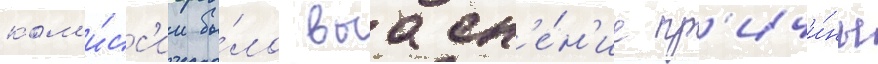
ком'и́сс'ии бы́ло выасн'е́н'ие пр'ичи́ны